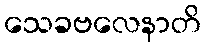
သေခဗလေနာတိ